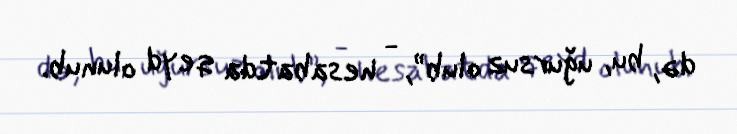
də, bu, uğursuz olub”, - hesabatda qeyd olunub.